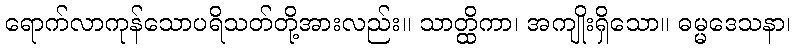
ရောက်လာကုန်သောပရိသတ်တို့အားလည်း။ သာတ္ထိကာ၊ အကျိုးရှိသော။ ဓမ္မဒေသနာ၊